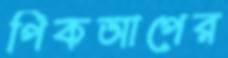
পিকআপের